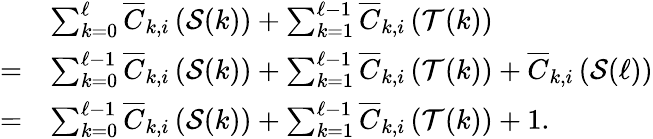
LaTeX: \begin{array}{rl}&{\sum_{k=0}^{\ell}\overline{{C}}_{k,i}\left(\mathcal{S}(k)\right)+\sum_{k=1}^{\ell-1}\overline{{C}}_{k,i}\left(\mathcal{T}(k)\right)}\\ {=}&{\sum_{k=0}^{\ell-1}\overline{{C}}_{k,i}\left(\mathcal{S}(k)\right)+\sum_{k=1}^{\ell-1}\overline{{C}}_{k,i}\left(\mathcal{T}(k)\right)+\overline{{C}}_{k,i}\left(\mathcal{S}(\ell)\right)}\\ {=}&{\sum_{k=0}^{\ell-1}\overline{{C}}_{k,i}\left(\mathcal{S}(k)\right)+\sum_{k=1}^{\ell-1}\overline{{C}}_{k,i}\left(\mathcal{T}(k)\right)+1.}\end{array}